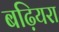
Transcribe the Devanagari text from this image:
बढ़ियरा